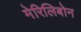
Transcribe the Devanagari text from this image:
मेरिलिबोन